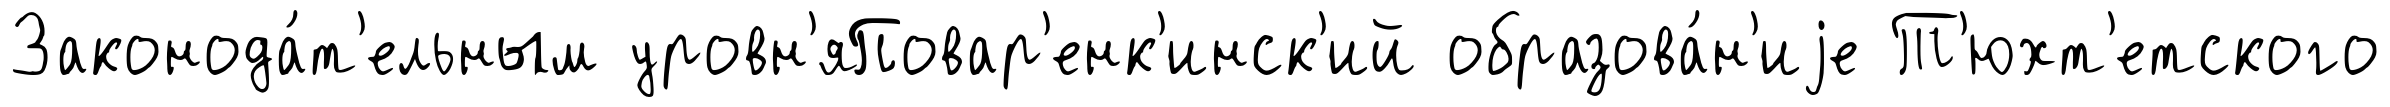
Законода́т'ельным уровн'яПовар'енк'инск'ий образова́н'иjе Т'юхт'етского